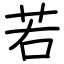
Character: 若